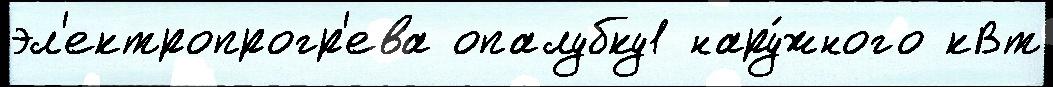
эл'ектропрогр'ева опалубку1 нару́жного кВт